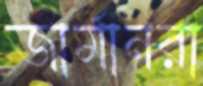
জার্মানরা